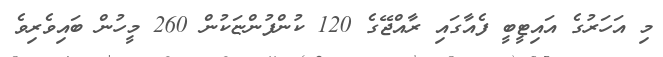
މި އަހަރުގެ އައިޓީބީ ފެއާގައި ރާއްޖޭގެ 120 ކުންފުންޏަކުން 260 މީހުން ބައިވެރިވެ